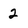
Character: 2